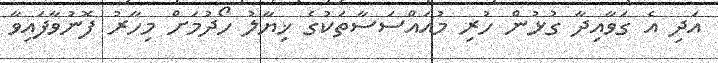
އަދި އެ ގަވާއިދާ ގުޅުން ހުރި މުއައްސަސާތަކުގެ ޚިޔާލު ހޯދުމަށް މިހާރު ފޮނުވާފައިވާ